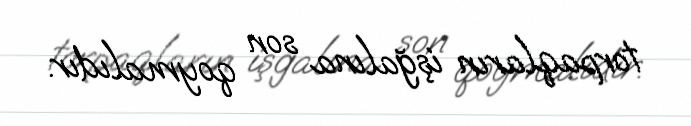
torpaqların işğalına son qoymalıdır.